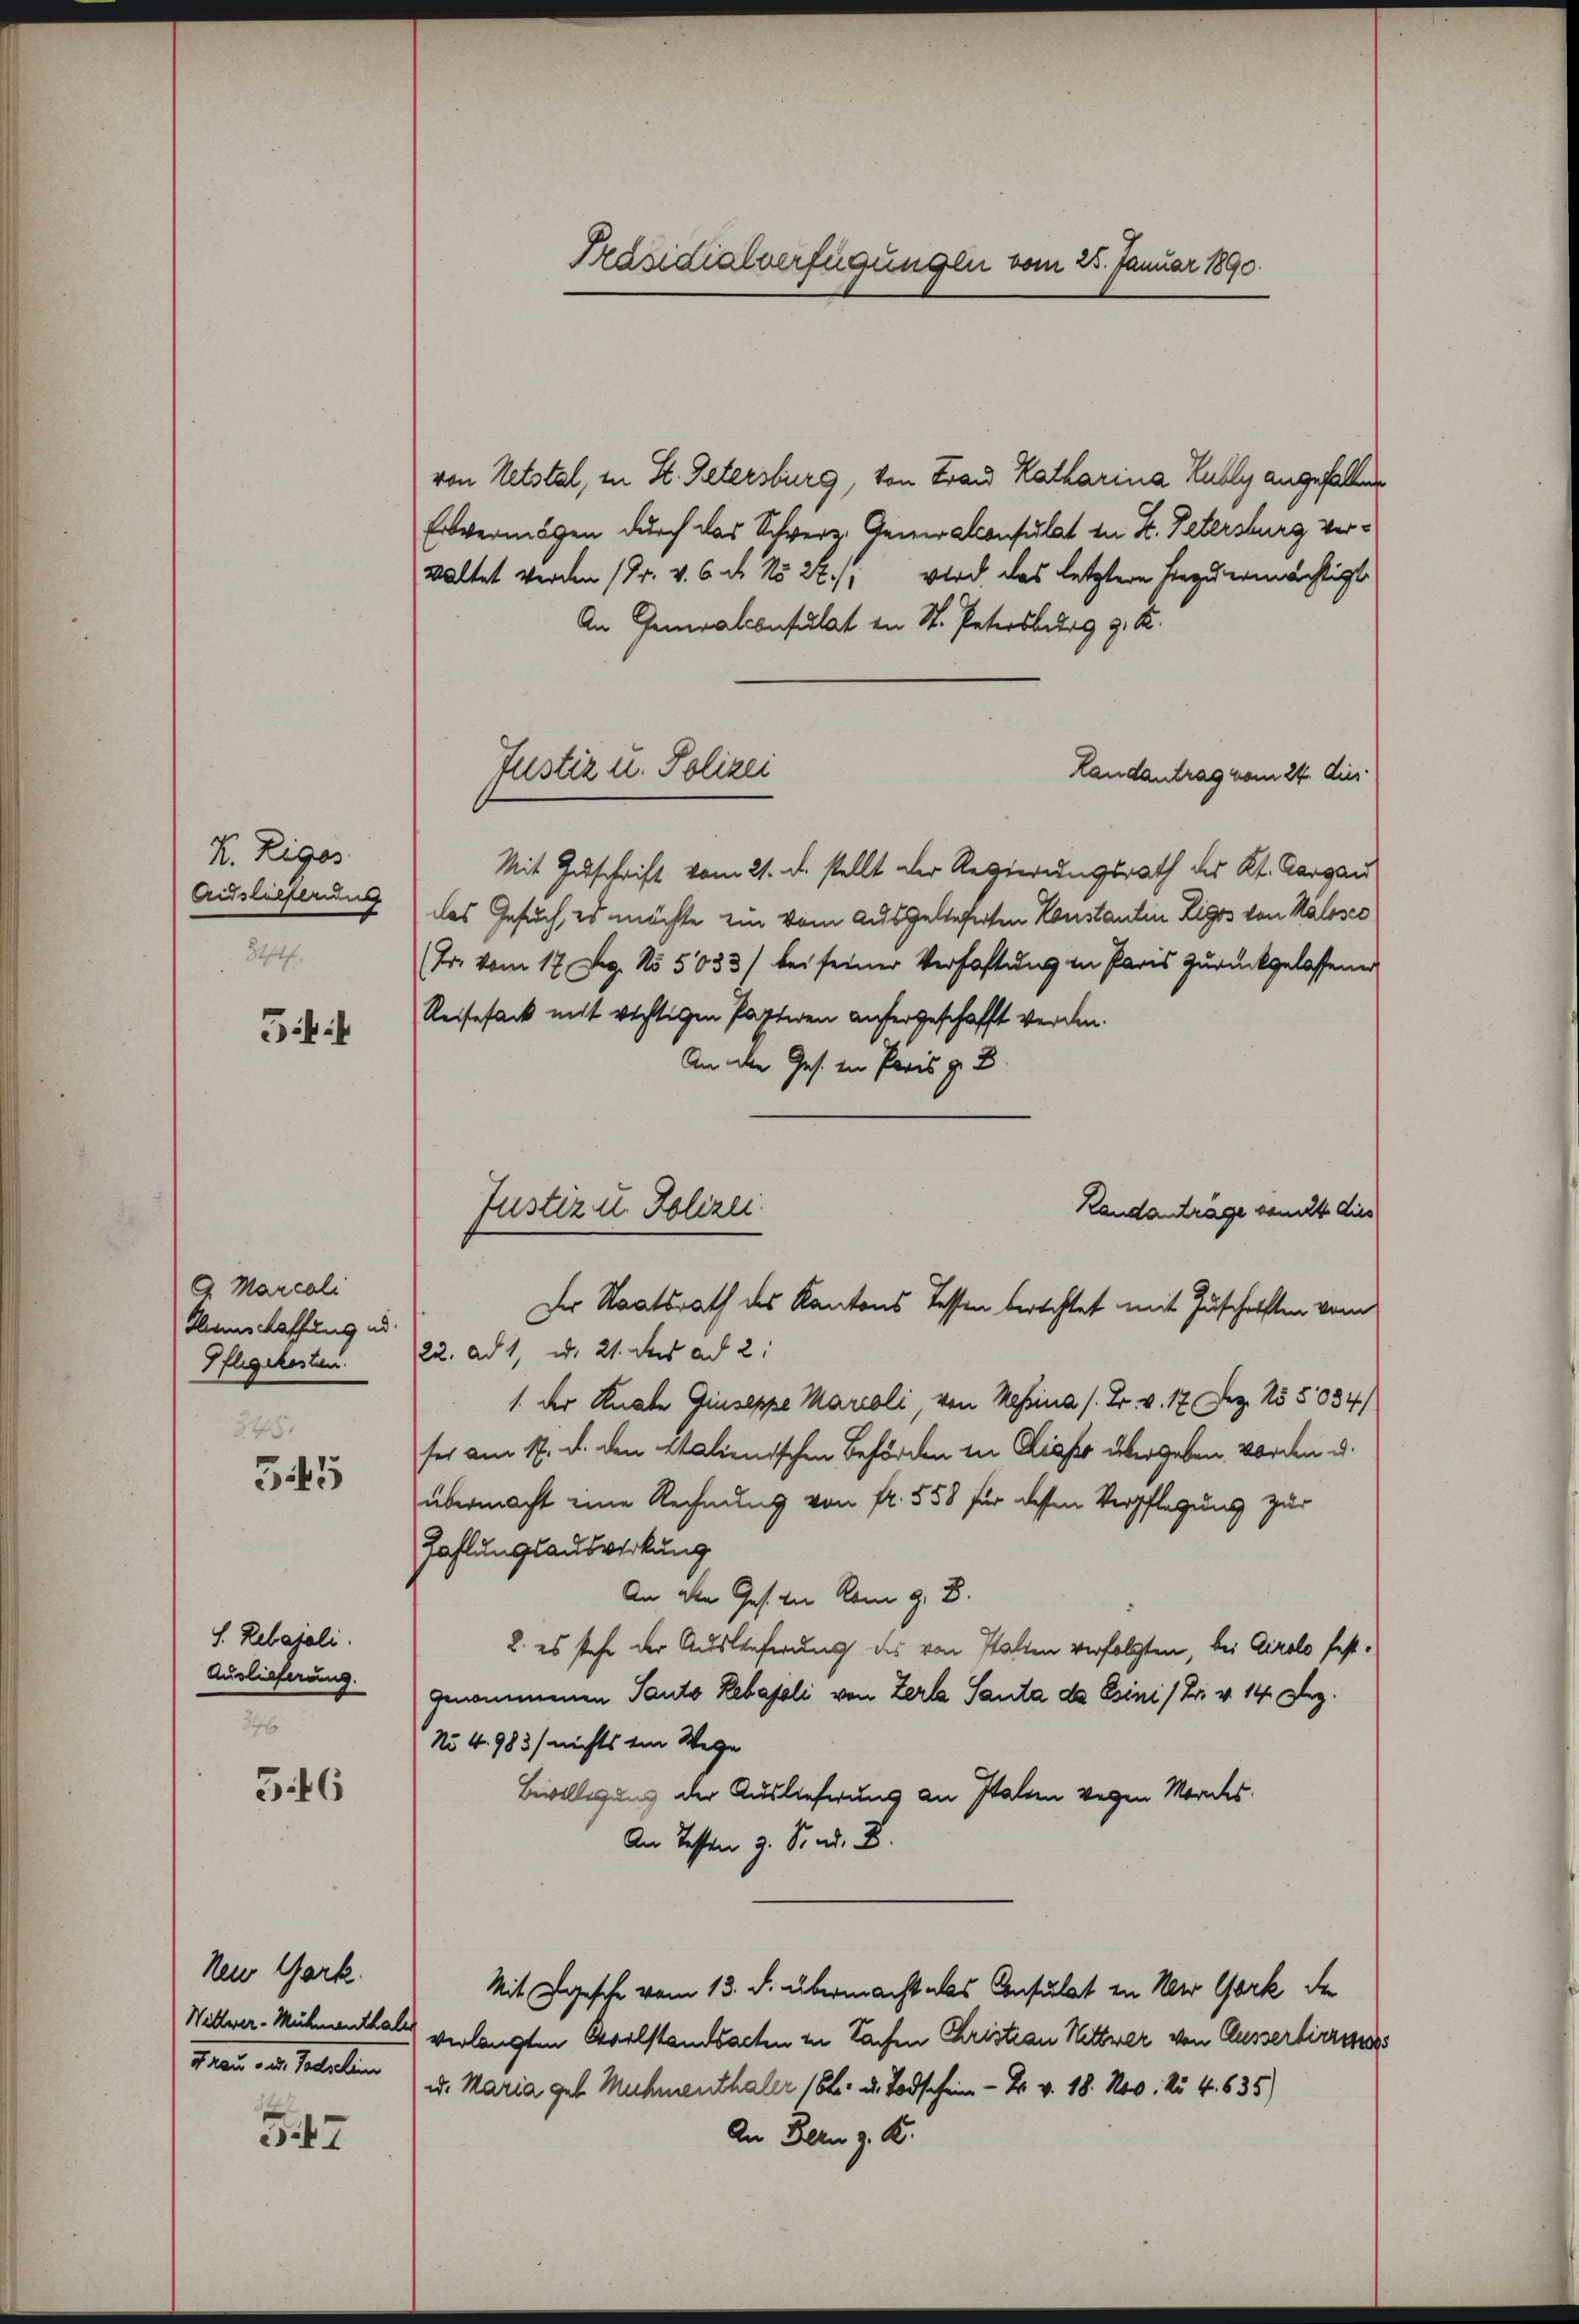
H. Rigos
Audshelferung
8174 f.

Giit

A. Marcali
Hans Haffung ad
Pflegekosten.
245.

545

S. Rebajali.
Auslieferung.
376

3.46

Neu Gark.

n
547

Präsidialverfügungen vom 25. Januar 1890.

von Netstal, in St. Petersburg, von Frau Katharina Hubly angefallen
Erbvermögen durch das Schweiz. Generalconsulat in K. Petersburg verwaltet werden (Dr. v. 6. ds. No 22./: wird das letztem herzu ermächtigt
An Generalconsulat in St. Petersburg g. K.
Landantrag vom 24. dies
Mit Zuschrift vom 21. d. stellt der Regierungsrath des Kt. Aargau
das Gesuch, es möchte ein vom ausgelieferten Konstantin Rigos von Káloses
(Dr. vom 17. Dez. No. 5033) bei seiner Verhaftung in Paris zurückgelassenen
Reisesack nicht richtigen Paptiren aufergeschafft werden.
An aller Ges. in Paris z. B.
Randanträge gemit dies
22. ad 1, u. 21. des ad 2.
1. der Knate Giuseppe Marieli, von Messina (Dr. v. 17 Dez. 155034/
ser am 17. d. den Italienischen Behörden in Dieses übergeben. Vorden u.
übermacht eine Rechnung von fr. 558 für dessen Verpflegung zur
Zahlungsauswirkung
An den Gesten Rom z. B.
2. es stehe der Auslieferung des von Statten verfolgten, bei Airolo festgenommenen Panto Rebajoli von Zerle Santa da Esini / Dr. v. 14. Dez.
No 4. 983) nichts ein Wege
Bevilligung der Auslieferung an Italien wegen Mordes
An Testen 9. Si ad. B.
Mit gesche vom 13. d. übermacht als Consulat in New York der
Wittwer-Mühmenthal verlangten Eselstandsachen zu Sachen Christian Wittwer von Ausserlieress
Frau u. Tadelin u. Maria geb. Mehmenthaler 18. d. Todschein - Fr. v. 18. Nov. No 4. 635)
An Bern z. B.

Justiz u. Polizei

Justiz u. Polizei
Der Staatsrath des Kantons Tessen berechtet mit Zuschriften vom